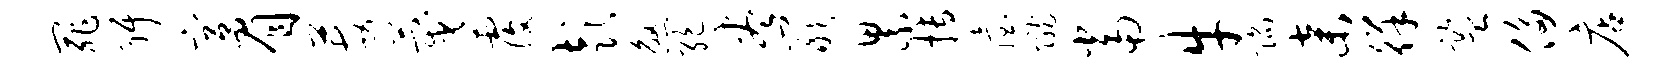
罪弭宫眉莓蔑覆彭煞绝尽岩累搏眙陇当牛陷弃徉监侈店